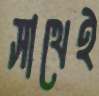
সাথেই